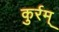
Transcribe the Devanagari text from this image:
कुर्रम्